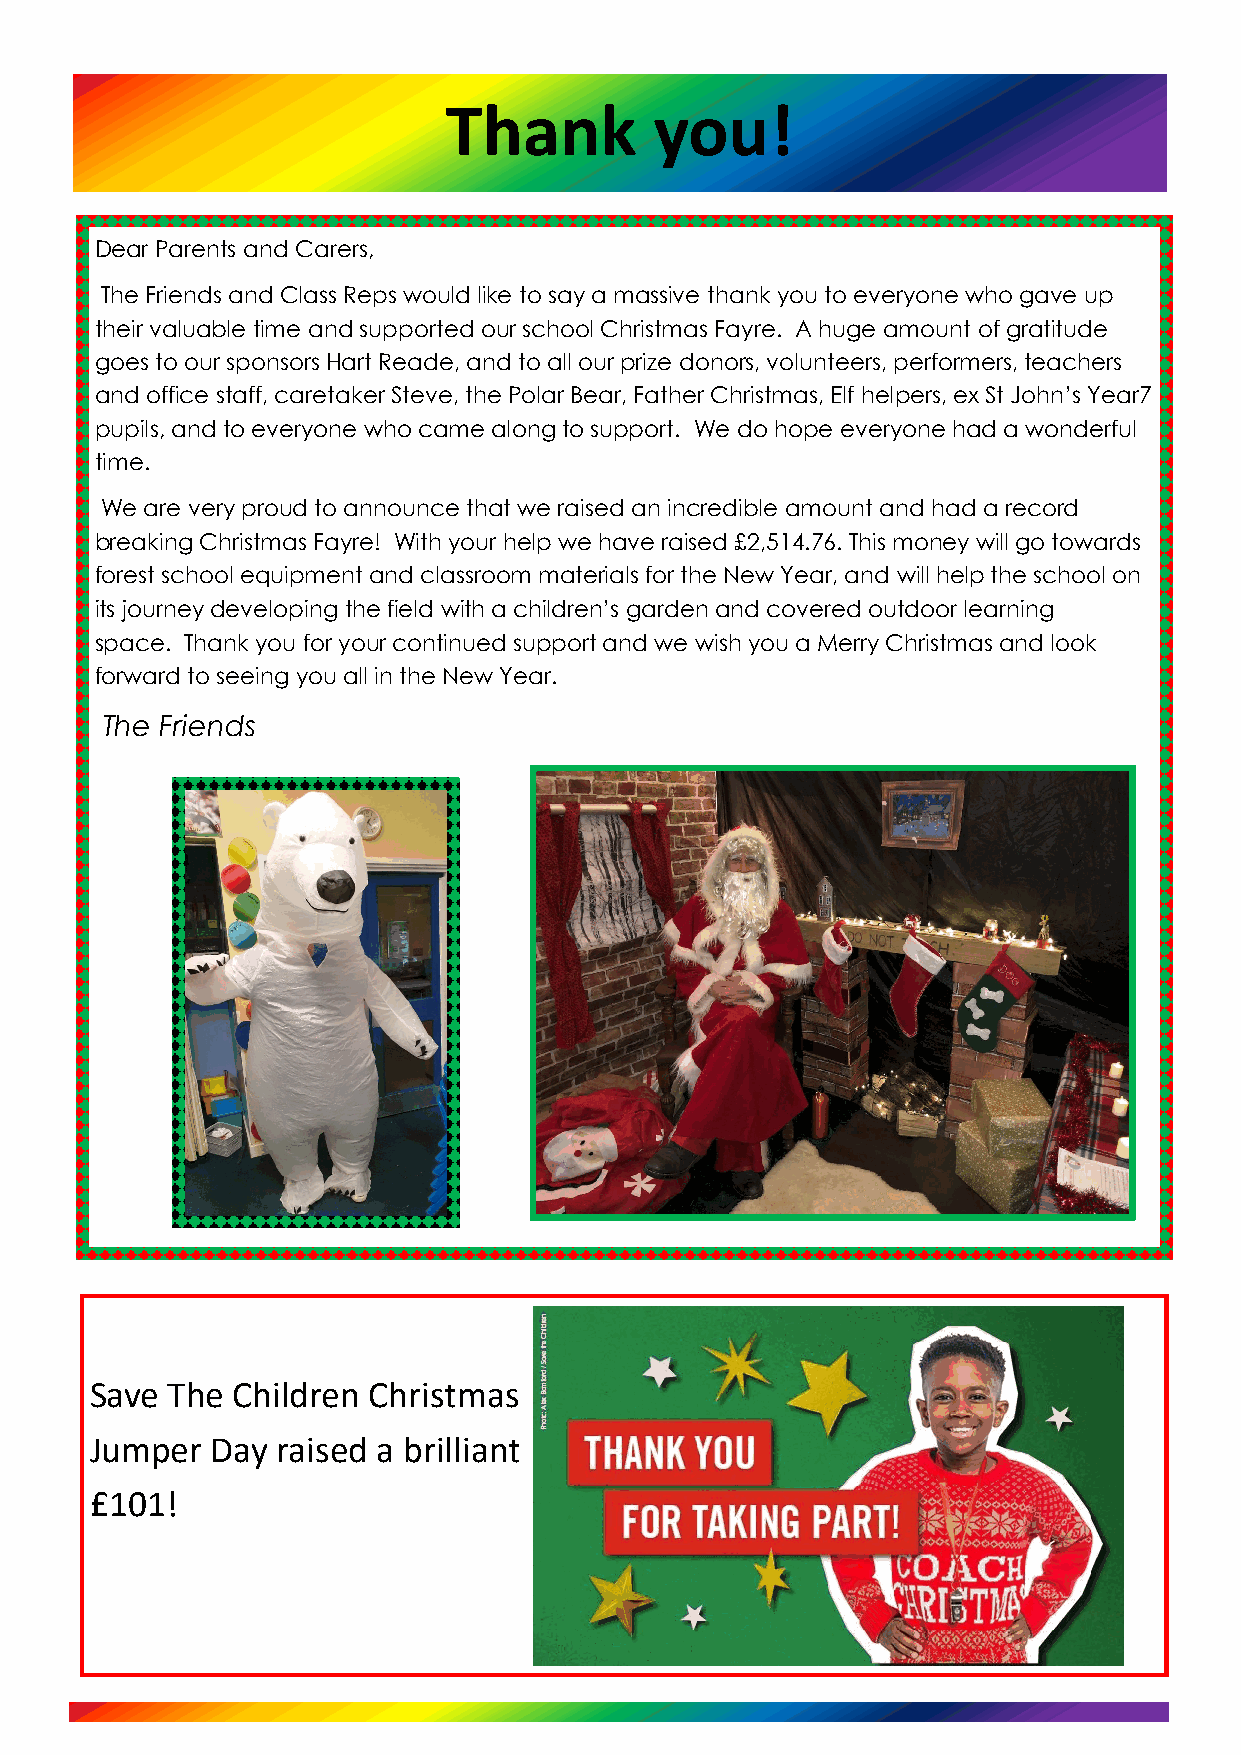
Thank         you!
 Dear Parents and Carers,
 The Friends and Class Reps would like to say a massive thank you to everyone who gave up
 their valuable time and supported our school Christmas Fayre. A huge amount of gratitude
 goes to our sponsors Hart Reade, and to all our prize donors, volunteers, performers, teachers
 and office staff, caretaker Steve, the Polar Bear, Father Christmas, Elf helpers, ex St John’s Year7
 pupils, and to everyone who came along to support. We do hope everyone had a wonderful
 time.
 We are very proud to announce that we raised an incredible amount and had a record
 breaking Christmas Fayre! With your help we have raised £2,514.76. This money will go towards
 forest school equipment and classroom materials for the New Year, and will help the school on
 its journey developing the field with a children’s garden and covered outdoor learning
 space. Thank you for your continued support and we wish you a Merry Christmas and look
 forward to seeing you all in the New Year.
 The Friends
 Save The Children Christmas
 Jumper  Day raised a brilliant
 £101!